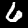
Digit: 6